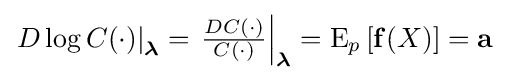
{\left.D\log C(\cdot )\right|}_{\boldsymbol {\lambda }}={\left.{\tfrac {DC(\cdot )}{C(\cdot )}}\right|}_{\boldsymbol {\lambda }}=\operatorname {E} _{p}\left[\mathbf {f} (X)\right]=\mathbf {a}